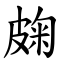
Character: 龾